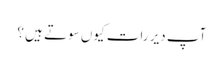
آپ دیر رات کیوں سوتے ہیں ؟